Civil Veterinary Dept. Assam report 1911-1927 - 1911-1927
Year: 1911
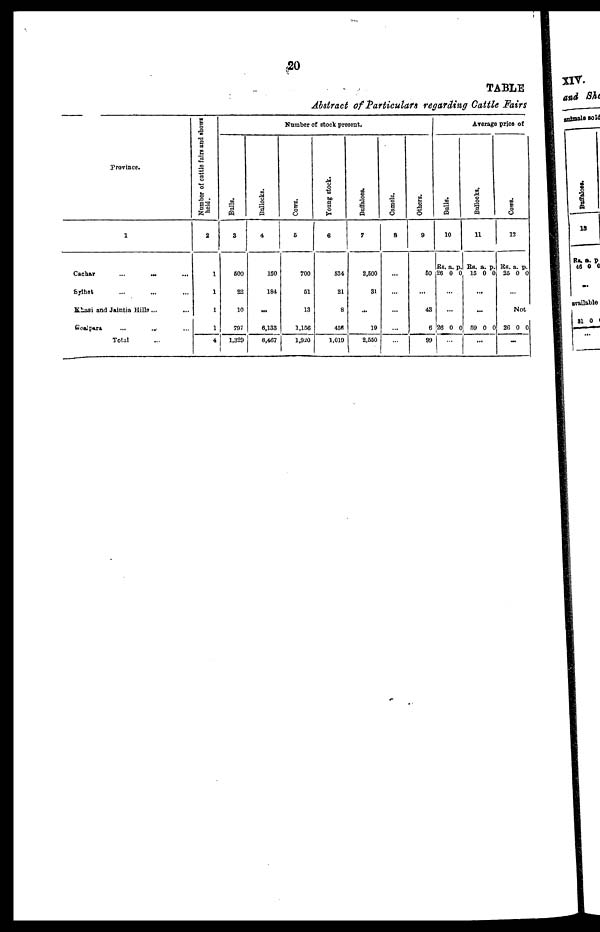
20
TABLE
Abstract of Particulars regarding Cattle Fairs
Province.
1
Cachar
...
... ...
Sylhet ... ... ...
Khasi and Jaintia Hills ... ...
Goalpara ... ... ...
Total
Number of cattle fairs and shows
held.
2
1
1
1
1
4
Number of stock present.
Bulla.
3
600
22
10
797
1,320
Bullocks.
4
160
184,
...
6,133
6,467
Cows.
6
700
51
13
1,156
1,920
Young stock.
6
534
21
8
456
1,019
Buffaloes.
7
2,500
31
...
19
2,550
Camels.
8
Others.
9
50
...
43
6
|
99
Average price of
Bul l s.
10
Rs.
26
a.
0
p
0
.
..
26 0 0
Bullocks,
11
Rs.
15
a.
0
p.
0
.
..
.
..
59 0 0
.
..
Cows.
12
RS.
25
a.
0
p.
0
No
t
26 0 0
...